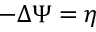
- \Delta \Psi = \eta